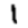
Digit: 1